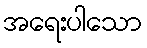
အရေးပါသော